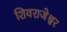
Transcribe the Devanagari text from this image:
शिवराजेश्वर